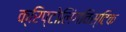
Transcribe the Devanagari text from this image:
क्रिप्टोलिंगविस्टिक